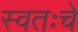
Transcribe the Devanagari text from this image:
स्वतःचे